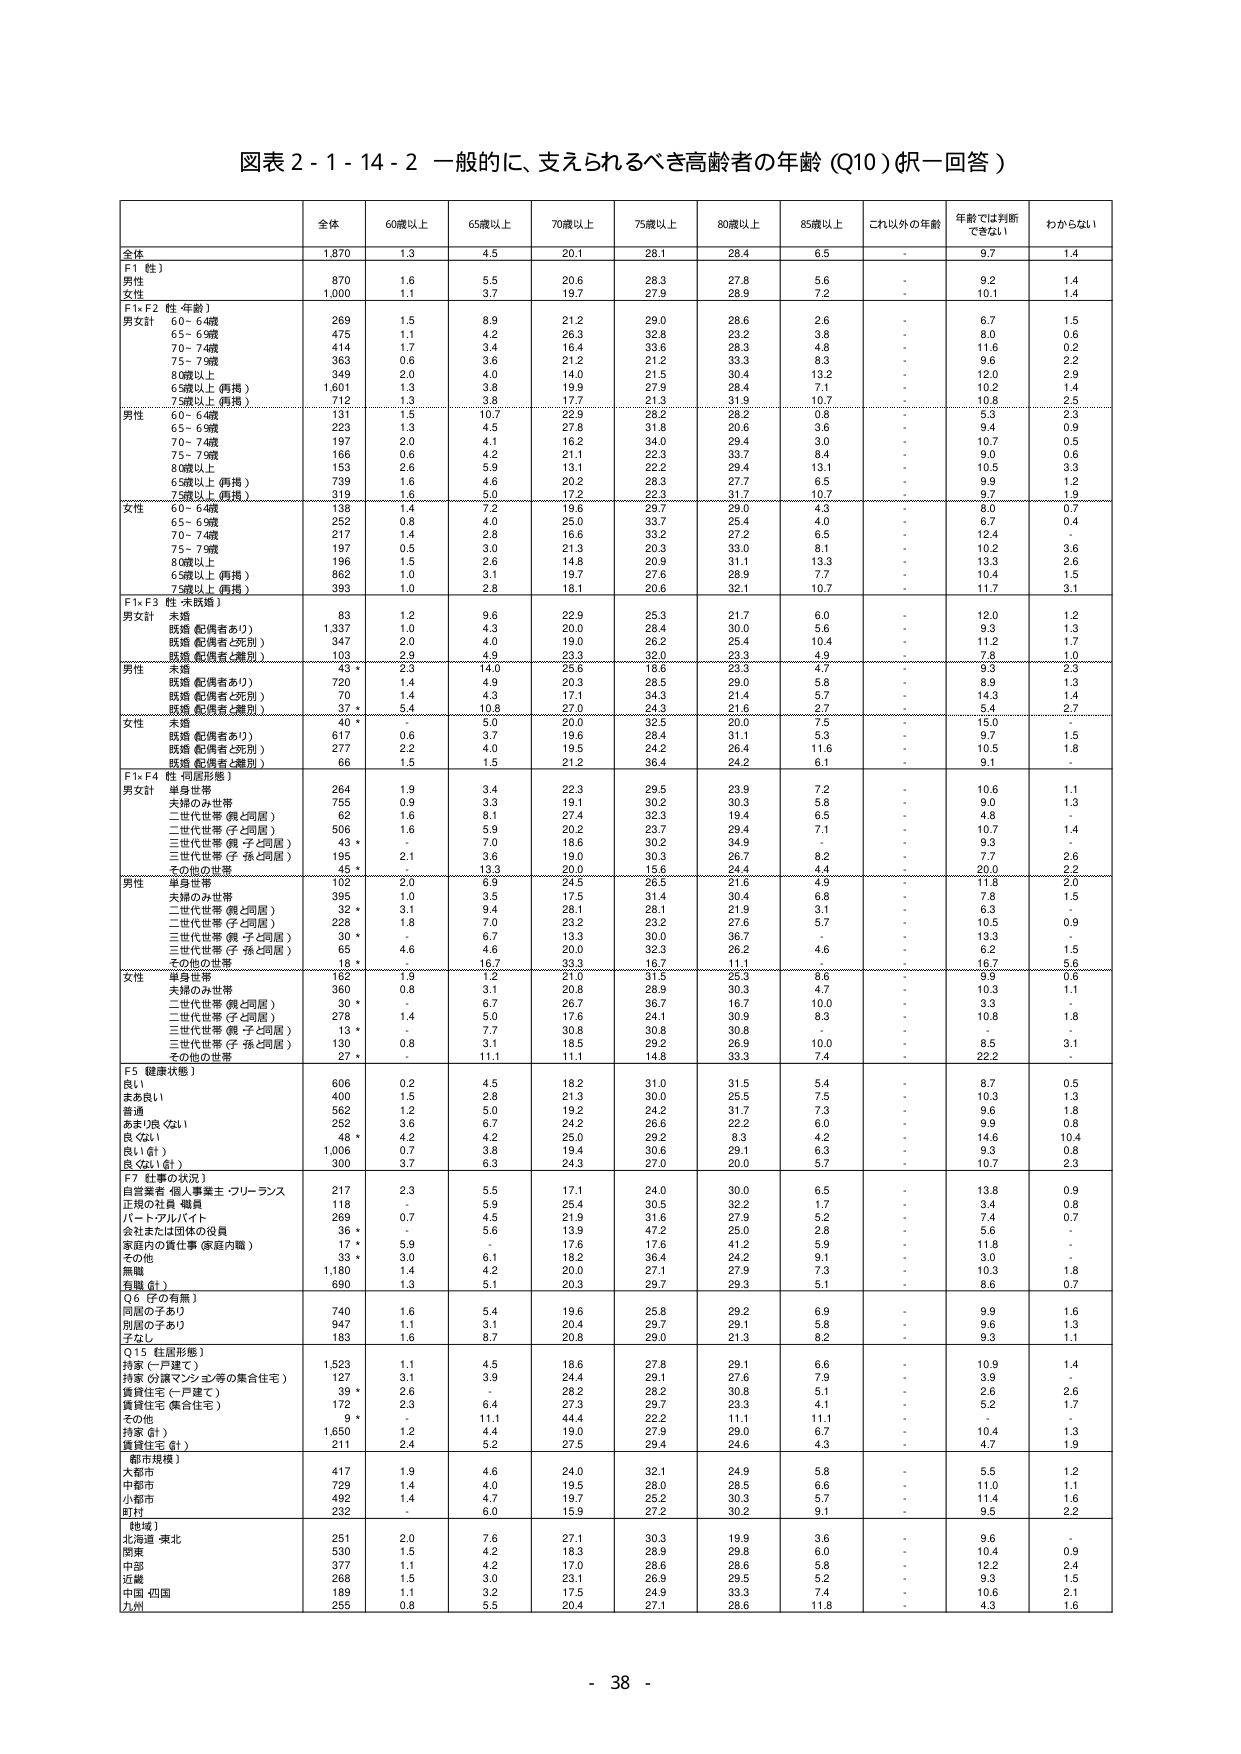
図表２-１-１４-２ 一般的に、支えられるべき高齢者の年齢（Q10）（択一回答）

全体 60歳以上 65歳以上 70歳以上 75歳以上 80歳以上 85歳以上 これ以外の年齢 年齢では判断できない わからない

全体 1,870 1.3 4.5 20.1 28.1 28.4 6.5 - 9.7 1.4
F1 性）
男性 870 1.6 5.5 20.6 28.3 27.8 5.6 - 9.2 1.4
女性 1,000 1.1 3.7 19.7 27.9 28.9 7.2 - 10.1 1.4
F1×F2 性・年齢）
男女計 60～64歳 269 1.5 8.9 21.2 29.0 28.6 2.6 - 6.7 1.5
65～69歳 475 1.1 4.2 26.3 32.8 23.2 3.8 - 8.0 0.6
70～74歳 414 1.7 3.4 16.4 33.6 28.3 4.8 - 11.6 0.2
75～79歳 363 0.6 3.6 21.2 21.2 33.3 8.3 - 9.6 2.2
80歳以上 349 2.0 4.0 14.0 21.5 30.4 13.2 - 12.0 2.9
65歳以上（再掲） 1,601 1.3 3.8 19.9 27.9 28.4 7.1 - 10.2 1.4
75歳以上（再掲） 712 1.3 3.8 17.7 21.3 31.9 10.7 - 10.8 2.5
男性 60～64歳 131 1.5 10.7 22.9 28.2 25.2 0.8 - 5.3 1.5
65～69歳 223 1.3 4.5 27.8 31.8 20.6 3.6 - 9.4 0.9
70～74歳 197 2.0 4.1 16.2 34.0 29.4 3.0 - 10.7 0.5
75～79歳 166 0.6 4.2 21.1 22.3 33.7 8.4 - 9.0 0.6
80歳以上 153 2.6 5.9 13.1 22.2 29.4 13.1 - 10.5 3.3
65歳以上（再掲） 739 1.6 4.6 20.2 28.3 27.7 6.5 - 9.9 1.2
75歳以上（再掲） 319 1.6 5.0 17.2 22.3 31.7 10.7 - 9.7 1.9
女性 60～64歳 138 1.4 7.2 19.6 29.7 28.0 4.3 - 8.0 0.7
65～69歳 252 0.8 4.0 25.0 33.7 25.4 4.0 - 6.7 0.4
70～74歳 217 1.4 2.8 16.6 33.2 27.2 6.5 - 12.4 -
75～79歳 197 0.5 3.0 21.3 20.3 33.0 8.1 - 10.2 3.6
80歳以上 196 1.5 2.6 14.8 20.9 31.1 13.3 - 13.3 2.6
65歳以上（再掲） 862 1.0 3.1 19.7 27.6 28.9 7.7 - 10.4 1.5
75歳以上（再掲） 393 1.0 2.8 18.1 20.6 32.1 10.7 - 11.7 3.1
F1×F3 性・未既婚）
男女計 未婚 83 1.2 9.6 22.9 25.3 21.7 6.0 - 12.0 1.2
既婚（配偶者あり） 1,337 1.0 4.3 20.0 28.4 30.0 5.6 - 9.3 1.3
既婚（配偶者と死別） 347 2.0 4.0 19.0 26.2 25.4 10.4 - 11.2 1.7
既婚（配偶者と離別） 103 2.9 4.8 23.3 32.0 23.3 4.9 - 7.8 1.0
男性 未婚 43 * 14.0 14.0 23.3 18.6 23.3 9.3 - 9.3 2.3
既婚（配偶者あり） 720 1.4 4.9 20.3 28.5 29.0 5.8 - 8.9 1.3
既婚（配偶者と死別） 70 1.4 4.3 17.1 34.3 21.4 5.7 - 14.3 1.4
既婚（配偶者と離別） 37 * 5.4 10.8 27.0 24.3 21.6 2.7 - 5.4 2.7
女性 未婚 40 * - 5.0 20.0 32.5 20.0 7.5 - 15.0 -
既婚（配偶者あり） 617 0.6 3.7 19.6 28.4 31.1 5.3 - 9.7 1.5
既婚（配偶者と死別） 277 2.2 4.0 19.5 24.2 26.4 11.6 - 10.5 1.8
既婚（配偶者と離別） 66 1.5 1.5 21.2 36.4 24.2 6.1 - 9.1 -
F1×F4 性・同居形態）
男女計 単身世帯 264 1.9 3.4 22.3 29.5 23.9 7.2 - 10.6 1.1
夫婦のみ世帯 755 0.9 3.3 19.1 30.2 30.3 5.8 - 9.0 1.3
二世代世帯（親と同居） 62 1.6 8.1 27.4 32.3 19.4 6.5 - 4.8 -
二世代世帯（子と同居） 506 1.6 5.9 20.2 23.7 29.4 7.1 - 10.7 1.4
三世代世帯（親・子と同居） 43 * - 7.0 18.6 30.2 34.9 - - 9.3 -
三世代世帯（子・孫と同居） 195 2.1 3.6 19.0 30.3 26.7 8.2 - 7.7 2.6
その他の世帯 45 * - 13.3 20.0 15.6 24.4 4.4 - 20.0 2.2
男性 単身世帯 102 2.0 6.9 24.5 26.5 21.6 4.9 - 11.8 2.0
夫婦のみ世帯 395 1.0 3.5 17.5 31.4 30.4 6.8 - 7.8 1.5
二世代世帯（親と同居） 32 * 3.1 9.4 28.1 28.1 21.9 3.1 - 6.3 -
二世代世帯（子と同居） 228 1.8 7.0 23.2 23.2 27.6 5.7 - 10.5 0.9
三世代世帯（親・子と同居） 30 * - 6.7 13.3 30.0 36.7 - - 13.3 -
三世代世帯（子・孫と同居） 65 4.6 4.6 20.0 32.3 26.2 4.6 - 6.2 1.5
その他の世帯 18 * - 16.7 33.3 16.7 11.1 - - 16.7 5.6
女性 単身世帯 162 1.9 1.2 21.0 31.5 25.3 8.6 - 9.9 0.6
夫婦のみ世帯 360 0.8 3.1 20.8 28.9 30.3 4.7 - 10.3 1.1
二世代世帯（親と同居） 30 * - 6.7 26.7 36.7 16.7 10.0 - 3.3 -
二世代世帯（子と同居） 278 1.4 5.0 17.6 24.1 30.9 8.3 - 10.8 1.8
三世代世帯（親・子と同居） 13 * - 7.7 30.8 30.8 30.8 - - - -
三世代世帯（子・孫と同居） 130 0.8 3.1 18.5 29.2 26.9 10.0 - 8.5 3.1
その他の世帯 27 * - 11.1 11.1 14.8 33.3 7.4 - 22.2 -
F5 健康状態）
良い 606 0.2 4.5 18.2 31.0 31.5 5.4 - 8.7 0.5
まあ良い 400 1.5 2.8 21.3 30.0 25.5 7.5 - 10.3 1.3
普通 562 1.2 5.0 19.2 24.2 31.7 7.3 - 9.6 1.8
あまり良くない 252 3.6 6.7 24.2 26.6 22.2 6.0 - 9.9 0.8
良くない 48 * 4.2 4.2 25.0 29.2 8.3 4.2 - 14.6 10.4
良い（計） 1,006 0.7 3.8 19.4 30.6 29.1 6.3 - 9.3 0.8
良くない（計） 300 3.7 6.3 24.3 27.0 20.0 5.7 - 10.7 2.3
F7 仕事の状況）
自営業者・個人事業主・フリーランス 217 2.3 5.5 17.1 24.0 30.0 6.5 - 13.8 0.9
正規の社員・職員 118 - 5.9 25.4 30.5 32.2 1.7 - 3.4 0.8
パート・アルバイト 269 0.7 4.5 21.9 31.6 27.9 5.2 - 7.4 0.7
会社または団体の役員 36 * - 5.6 13.9 47.2 25.0 2.8 - 5.6 -
家庭内の責任事（家庭内職） 17 * 5.9 - 17.6 17.6 41.2 5.9 - 11.8 -
その他 33 * 3.0 6.1 18.2 36.4 24.2 3.0 - 9.1 -
無職 1,180 1.4 4.2 20.0 27.1 27.9 7.3 - 10.3 1.8
有職（計） 690 1.3 5.1 20.3 29.7 29.3 5.1 - 8.6 0.7
Q6 子の有無）
同居の子あり 740 1.6 5.4 19.6 25.8 29.2 6.9 - 9.9 1.6
別居の子あり 947 1.1 3.1 20.4 29.7 29.1 5.8 - 9.6 1.3
子なし 183 1.6 8.7 20.8 29.0 21.3 8.2 - 9.3 1.1
Q15 住居形態）
持家（一戸建て） 1,523 1.1 4.5 18.6 27.8 29.1 6.6 - 10.9 1.4
持家（分譲マンション等の集合住宅） 127 3.1 3.9 24.4 29.1 27.6 7.9 - 3.9 -
賃貸住宅（一戸建て） 39 * 2.6 - 28.2 28.2 30.8 5.1 - 2.6 2.6
賃貸住宅（集合住宅） 172 2.3 6.4 27.3 29.7 23.3 4.1 - 5.2 1.7
その他 9 * - 11.1 44.4 22.2 11.1 - - - -
持家（計） 1,650 1.2 4.4 19.0 27.9 29.0 6.7 - 10.4 1.3
賃貸住宅（計） 211 2.4 5.2 27.5 29.4 24.6 4.3 - 4.7 1.9
都市規模）
大都市 417 1.9 4.6 24.0 32.1 24.9 5.8 - 5.5 1.2
中都市 723 1.4 4.0 19.5 28.0 28.5 6.6 - 11.0 1.1
小都市 482 1.4 4.7 19.7 25.2 30.3 5.7 - 11.4 1.6
町村 232 - 6.0 15.9 27.2 30.2 9.1 - 9.5 2.2
地域）
北海道・東北 251 2.0 7.6 27.1 30.3 19.9 3.6 - 9.6 -
関東 530 1.5 4.2 18.3 28.9 29.8 6.0 - 10.4 0.9
中部 377 1.1 4.2 17.0 28.6 28.6 5.8 - 12.2 2.4
近畿 268 1.5 3.0 23.1 26.9 29.5 5.2 - 9.3 1.5
中国・四国 189 1.1 3.2 17.5 24.9 33.3 7.4 - 10.6 2.1
九州 255 0.8 5.5 20.4 27.1 28.6 11.8 - 4.3 1.6

- 38 -